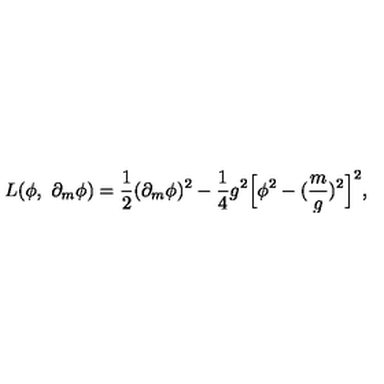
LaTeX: L ( \phi , \ \partial _ { m } \phi ) = \frac { 1 } { 2 } ( \partial _ { m } \phi ) ^ { 2 } - \frac { 1 } { 4 } g ^ { 2 } \Bigl [ \phi ^ { 2 } - ( \frac { m } { g } ) ^ { 2 } \Bigr ] ^ { 2 } ,